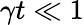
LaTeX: \gamma t\ll 1